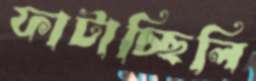
ফাটাচ্ছিলি